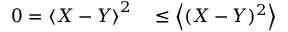
\begin{array} { r l } { 0 = \left< X - Y \right> ^ { 2 } } & { { } \le \left< ( X - Y ) ^ { 2 } \right> } \end{array}